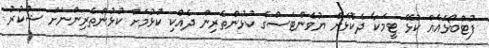
ފުޓްބޯޅައެއް ކުޅޭ ޓީމަކާ ދެކޮޅަށް ޔުވެންޓަސްގެ ކުޅުންތެރިން ދެއްކި ކުޅުމަށް ކުޅުންތެރިންނަށް ޝުކުރު